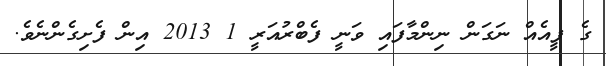
ގެ ފީއެއް ނަގަން ނިންމާފައި ވަނީ ފެބްރުއަަރީ 1 2013 އިން ފެށިގެންނެވެ.